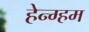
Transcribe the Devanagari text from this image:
हेन्ग्हम